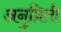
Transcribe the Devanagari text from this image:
अनुप्रिती